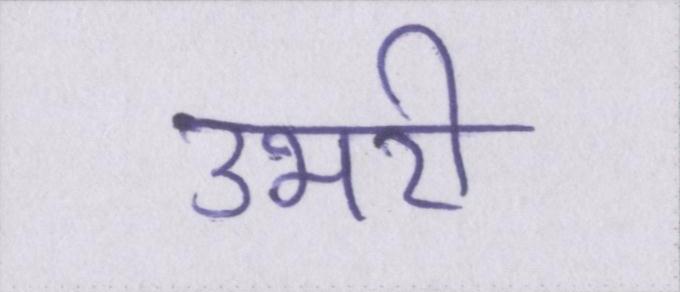
उभरी